Report on the working of the mental hospitals for Indians in Bihar and Orissa - 1925-1929
Year: 1925
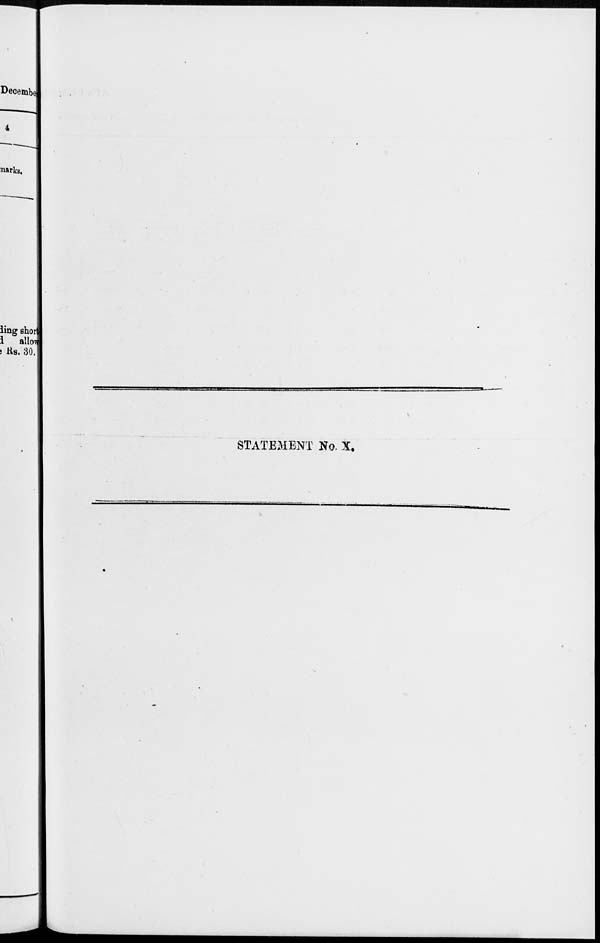
STATEMENT No. X.